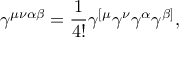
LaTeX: \gamma ^ { \mu \nu \alpha \beta } = \frac { 1 } { 4 ! } \gamma ^ { [ \mu } \gamma ^ { \nu } \gamma ^ { \alpha } \gamma ^ { \beta ] } ,